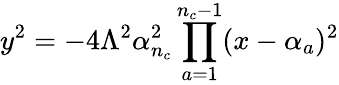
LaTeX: y^{2}=-4\Lambda^{2}\alpha_{n_{c}}^{2}\prod_{a=1}^{n_{c}-1}(x-\alpha_{a})^{2}